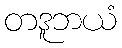
တဒူဘယံ